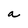
Character: a